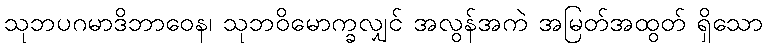
သုဘပဂမာဒိဘာဝေန၊ သုဘဝိမောက္ခလျှင် အလွန်အကဲ အမြတ်အထွတ် ရှိသော